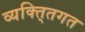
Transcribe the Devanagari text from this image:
व्यक्ति्तगत